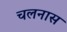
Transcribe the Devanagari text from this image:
चलनास